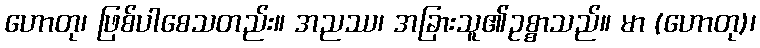
ဟောတု၊ ဖြစ်ပါစေသတည်း။ အညဿ၊ အခြားသူ၏ဥစ္စာသည်။ မာ (ဟောတု)၊